Vaccination United Provinces of Agra and Oudh 1902-1913 - 1902-1913
Year: 1902
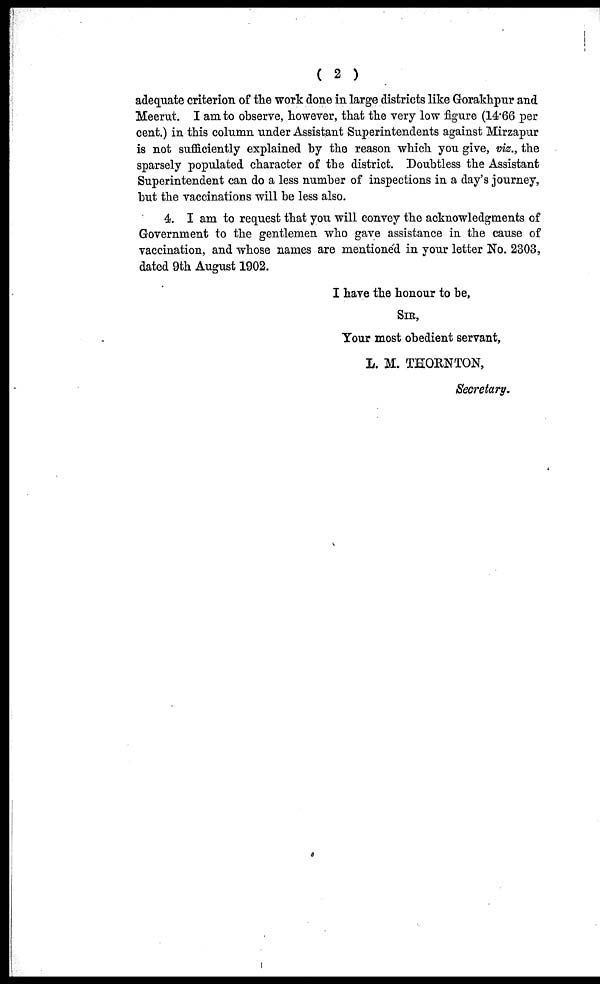
( 2 )
adequate criterion of the work done in large districts like Gorakhpur and
Meerut. I am to observe, however, that the very low figure (14.66 per
cent.) in this column under Assistant Superintendents against Mirzapur
is not sufficiently explained by the reason which you give, viz., the
sparsely populated character of the district. Doubtless the Assistant
Superintendent can do a less number of inspections in a day's journey,
but the vaccinations will be less also.
4. I am to request that you will convey the acknowledgments of
Government to the gentlemen who gave assistance in the cause of
vaccination, and whose names are mentioned in your letter No. 2303,
dated 9th August 1902.
I have the honour to be,
SIR,
Your most obedient servant,
L. M. THORNTON,
Secretary.